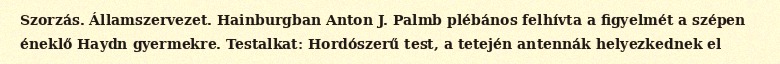
Szorzás. Államszervezet. Hainburgban Anton J. Palmb plébános felhívta a figyelmét a szépen éneklő Haydn gyermekre. Testalkat: Hordószerű test, a tetején antennák helyezkednek el